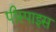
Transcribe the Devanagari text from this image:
पीस्पाइस